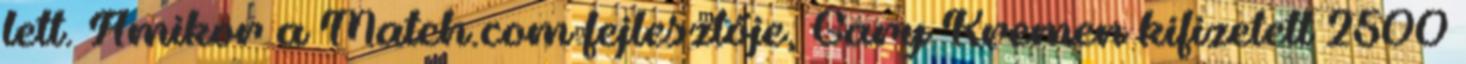
lett. Amikor a Match.com fejlesztője, Gary Kremen kifizetett 2500